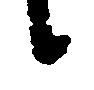
候